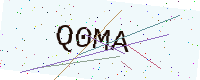
Text: Q0MA